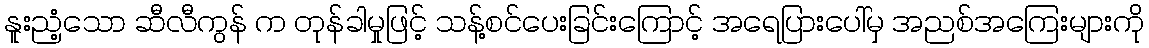
နူးညံ့သော ဆီလီကွန် က တုန်ခါမှုဖြင့် သန့်စင်ပေးခြင်းကြောင့် အရေပြားပေါ်မှ အညစ်အကြေးများကို